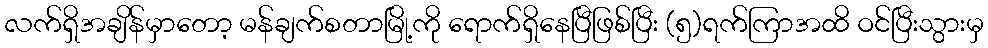
လက်ရှိအချိန်မှာတော့ မန်ချက်စတာမြို့ကို ရောက်ရှိနေပြီဖြစ်ပြီး (၅)ရက်ကြာအထိ ဝင်ပြီးသွားမှ